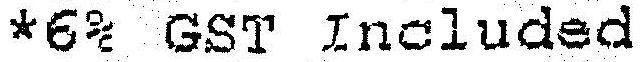
*6% GST INCLUDED